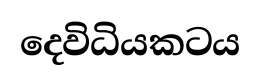
දෙවිධියකටය